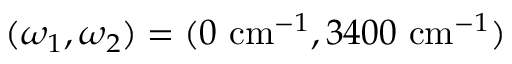
( \omega _ { 1 } , \omega _ { 2 } ) = ( 0 ~ \mathrm { c m } ^ { - 1 } , 3 4 0 0 ~ \mathrm { c m } ^ { - 1 } )